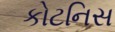
કોટનિસ